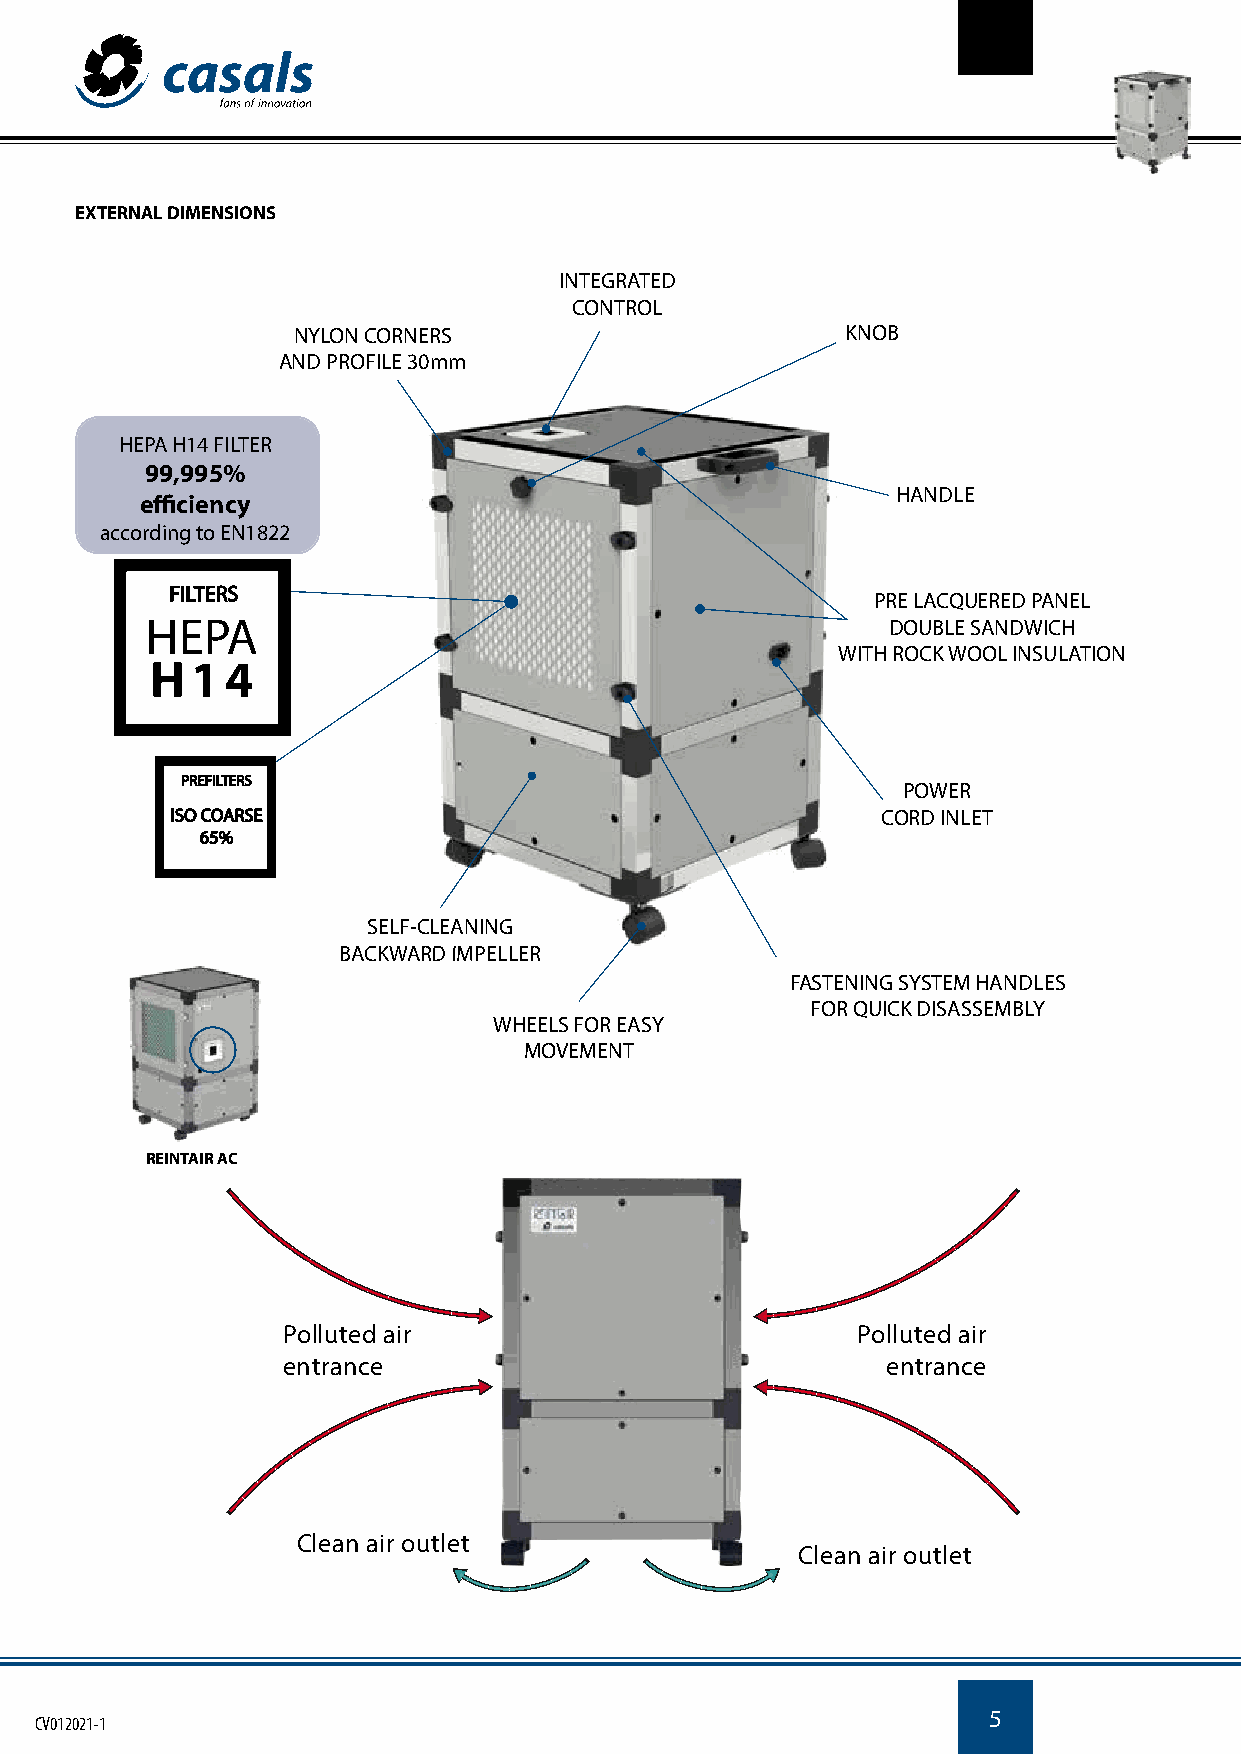
EXTERNAL DIMENSIONS
 INTEGRATED
 CONTROL
 NYLON CORNERS                        KNOB
 AND PROFILE 30mm
 HEPA H14 FILTER
 99,995%
 HANDLE
 efficiency
 according to EN1822
 FFIILLTTEERRSS
 PRE LACQUERED PANEL
 DOUBLE SANDWICH
 WITH ROCK WOOL INSULATION
 PPRREEFFIILLTTEERRSS
 POWER
 IISSOO CCOOAARRSSEE                            CORD INLET
 6655%%
 SELLFF--CCLLEEAANNIINNGG
 BACKWWAARRDD IIMMPPEELLLLEERR
 FASTENING SYSTEM HANDLES
 FOR QUICK DISASSEMBLY
 WHEELS FOR EASY
 MOVEMENT
 REINTAIR AC
 Polluted air                          Polluted air
 entrance                                entrance
 Clean air outlet
 Clean air outlet
 5
 CV012021-1